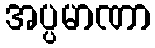
အပ္ပမာဏာ